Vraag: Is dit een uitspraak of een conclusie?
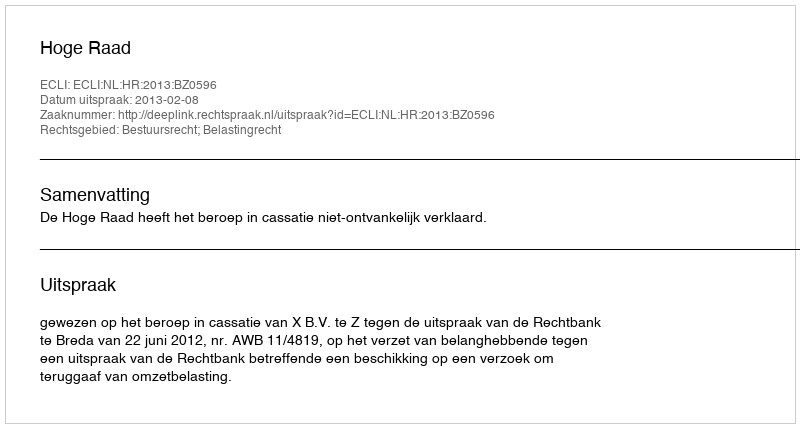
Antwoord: Uitspraak